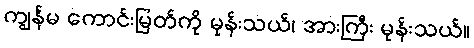
ကျွန်မ ကောင်းမြတ်ကို မုန်းသယ်၊ အားကြီး မုန်းသယ်။